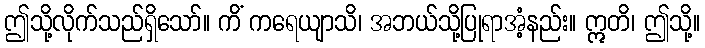
ဤသို့လိုက်သည်ရှိသော်။ ကိံ ကရေယျာသိ၊ အဘယ်သို့ပြုရာအံ့နည်း။ ဣတိ၊ ဤသို့။